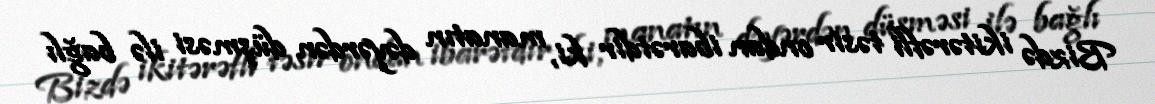
Bizdə ikitərəfli təsir ondan ibarətdir ki, manatın dəyərdən düşməsi ilə bağlı